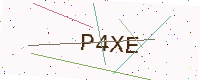
Text: P4XE